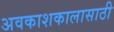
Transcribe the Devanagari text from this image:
अवकाशकालासाठी